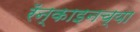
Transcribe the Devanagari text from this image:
रॅन्काइनच्या